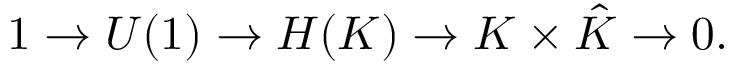
1 \to U ( 1 ) \to H ( K ) \to K \times { \hat { K } } \to 0 .